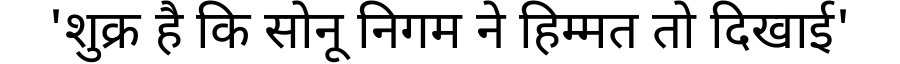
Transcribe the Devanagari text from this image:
'शुक्र है कि सोनू निगम ने हिम्मत तो दिखाई'